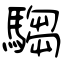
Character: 騶